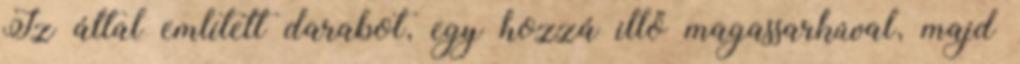
Iz által említett darabot, egy hozzá illő magassarkúval, majd